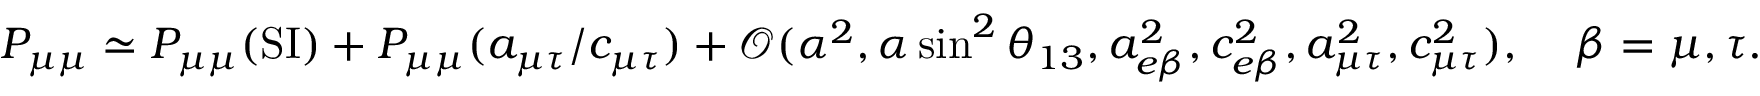
\begin{array} { r } { P _ { \mu \mu } \simeq P _ { \mu \mu } ( \mathrm { S I } ) + P _ { \mu \mu } ( \ensuremath { a _ { \mu \tau } } / \ensuremath { c _ { \mu \tau } } ) + \mathcal { O } ( \alpha ^ { 2 } , \alpha \sin ^ { 2 } \theta _ { 1 3 } , a _ { e \beta } ^ { 2 } , c _ { e \beta } ^ { 2 } , a _ { \mu \tau } ^ { 2 } , c _ { \mu \tau } ^ { 2 } ) , \, \, \, \, \, \, \, \beta = \mu , \tau . } \end{array}